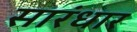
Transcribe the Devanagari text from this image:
सारंधार